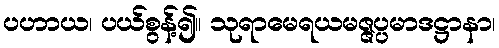
ပဟာယ၊ ပယ်စွန့်၍။ သုရာမေရယမဇ္ဇပ္ပမာဒဋ္ဌာနာ၊